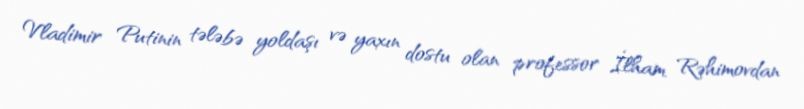
Vladimir Putinin tələbə yoldaşı və yaxın dostu olan professor İlham Rəhimovdan